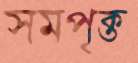
সমপৃক্ত